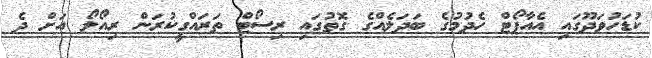
ކުޑަހުވަދޫގައި އެއާޕޯޓް ހެދުމުގެ ބަދަލެއްގެ ގޮތުގައި ރިސޯޓް ތަރައްގީކުރަން ރިއޯލޯ އަށް ދެ